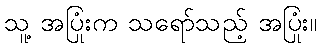
သူ့ အပြုံးက သရော်သည့် အပြုံး။